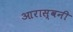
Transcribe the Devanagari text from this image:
आरास्वनी